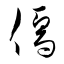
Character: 儒